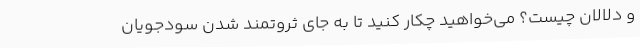
و دلالان چیست؟ می‌خواهید چکار کنید تا به جای ثروتمند شدن سودجویان